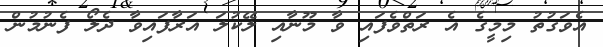
އެވަގުތު މިމީގެ އެ ރަތްވެފައި ވާ މޫނާއި ލޭކުލަ އަރާފައިވާ ދެލޯ ފެނުމުން